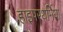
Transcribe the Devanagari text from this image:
हाइपरथर्मिया